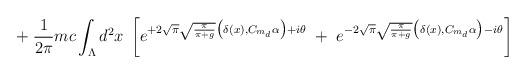
LaTeX: \begin{align*}\; + \; \frac{1}{2\pi} m c\int_{\Lambda} d^2 x \;\left[ e^{ + 2 \sqrt{\pi} \sqrt{\frac{\pi}{\pi+g}}\big( \delta(x), C_{m_d} \alpha \big) + i\theta} \; + \;e^{ - 2 \sqrt{\pi} \sqrt{\frac{\pi}{\pi+g}}\big( \delta(x), C_{m_d} \alpha \big) - i\theta} \right]\end{align*}